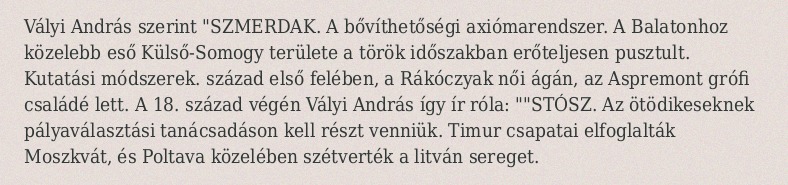
Vályi András szerint "SZMERDAK. A bővíthetőségi axiómarendszer. A Balatonhoz közelebb eső Külső-Somogy területe a török időszakban erőteljesen pusztult. Kutatási módszerek. század első felében, a Rákóczyak női ágán, az Aspremont grófi családé lett. A 18. század végén Vályi András így ír róla: ""STÓSZ. Az ötödikeseknek pályaválasztási tanácsadáson kell részt venniük. Timur csapatai elfoglalták Moszkvát, és Poltava közelében szétverték a litván sereget.